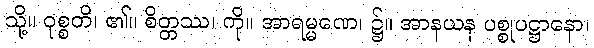
သို့။ ဝုစ္စတိ၊ ၏။ စိတ္တဿ၊ ကို။ အာရမ္မဏေ၊ ၌။ အာနယန ပစ္စုပဋ္ဌာနော၊